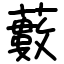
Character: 藪